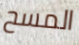
المسح